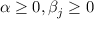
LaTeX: \alpha \geq 0 , \beta _ { j } \geq 0